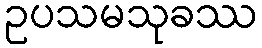
ဥပသမသုခဿ